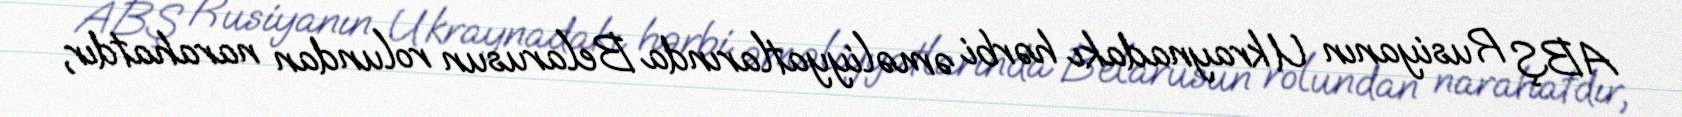
ABŞ Rusiyanın Ukraynadakı hərbi əməliyyatlarında Belarusun rolundan narahatdır,